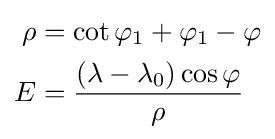
{\begin{aligned}\rho &=\cot \varphi _{1}+\varphi _{1}-\varphi \\E&={\frac {(\lambda -\lambda _{0})\cos \varphi }{\rho }}\end{aligned}}